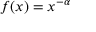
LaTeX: f ( x ) = x ^ { - \alpha }